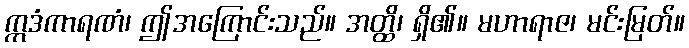
ဣဒံကာရဏံ၊ ဤအကြောင်းသည်။ အတ္ထိ၊ ရှိ၏။ မဟာရာဇ၊ မင်းမြတ်။